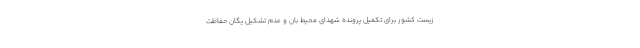
زیست کشور برای تکمیل پرونده شهدای محیط بان و عدم تشکیل یگان حفاظت